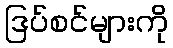
ဒြပ်စင်များကို